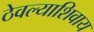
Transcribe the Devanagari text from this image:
ठेवल्याशिवाय